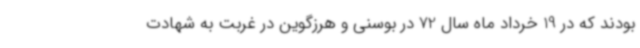
بودند که در 19 خرداد ماه سال 72 در بوسنی و هرزگوین در غربت به شهادت